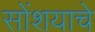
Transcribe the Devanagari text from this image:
सोंशयाचे